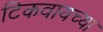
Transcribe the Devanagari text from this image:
टिकवायच्या